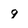
Character: g